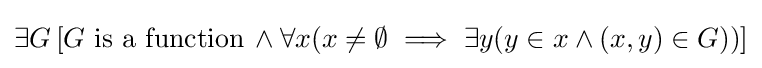
\exists G\,[G{\text{ is a function}}\,\land \forall x(x\neq \emptyset \implies \exists y(y\in x\land (x,y)\in G))]